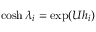
\cosh \lambda _ { i } = \exp ( U h _ { i } )